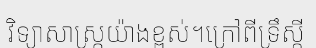
វិទ្យាសាស្ត្រយ៉ាងខ្ពស់។ក្រៅពីទ្រឹស្តី